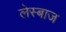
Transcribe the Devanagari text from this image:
लेस्बाज